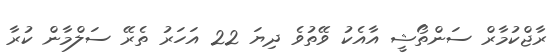
ރާޖްކުމާރް ސަންތޯޝީ އާއެކު ވޭތުވެ ދިޔަ 22 އަހަރު ތެރޭ ސަލްމާން ކުރާ